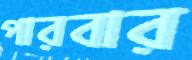
পারবার